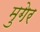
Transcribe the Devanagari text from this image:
मुगेर